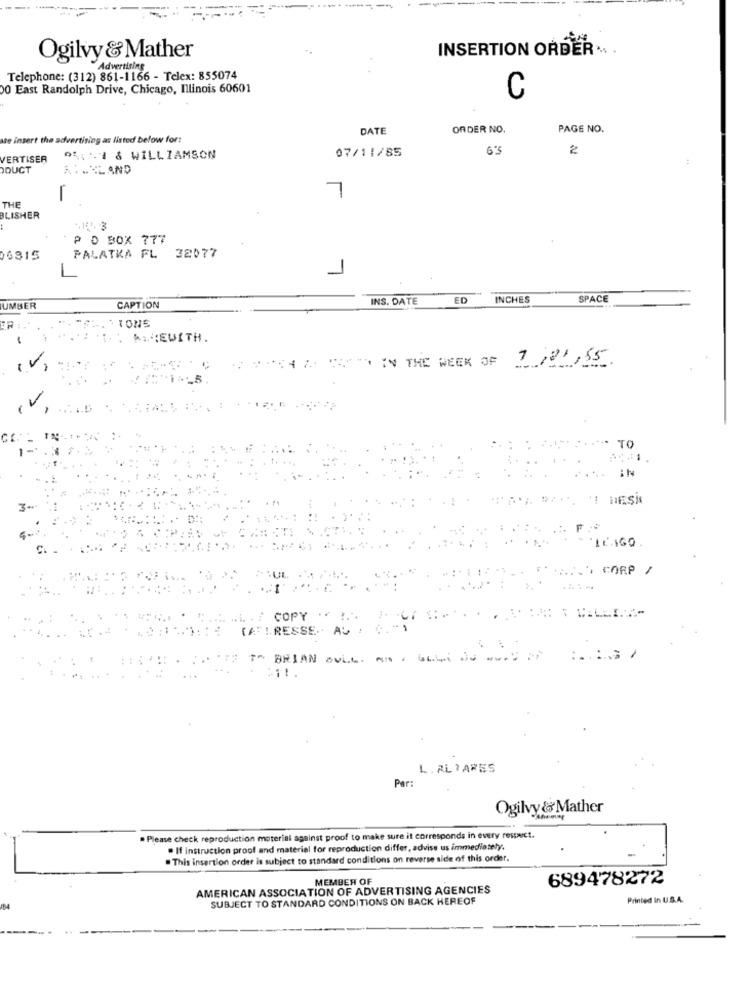
INSERTION ORDER ... .
Ogilvy &Mather
Advertising
Telephone: (312) 861-1166 - Telex: 855074
0 East Randolph Drive, Chicago, Illinois 60601
C
DATE
ORDER NO.
PAGE NO.
ste insert the advertising as listed below for:
07/11/85
63
2
VERTISER
05: . 4 & WILLIAMSON
DUCT
AYSELAND
7
THE
LISHER
P O BOX 777
32077
06315
PALATKA FL
1
INS. DATE
ED
INCHES
SPACE
UMBER
CAPTION
SIONS
-
. ALEWITH.
IN THE WEEK OF
7/01/55
· TO
3.
...... CORP /
.i . : COPY
(ADRESSE ..
AL
To BRIAN OuLL. an .
..!.
L. RLIARES
Par:
Ogilvy & Mather
Please check reproduction moterial against proof to make sure it corresponds in every respect.
. If instruction proof and material for reproduction differ, advise us immediately.
. This insertion order is subject to standard conditions on reverse side of this order.
MEMBER OF
689478272
AMERICAN ASSOCIATION OF ADVERTISING AGENCIES
SUBJECT TO STANDARD CONDITIONS ON BACK HEREOF
Printed In U.S.A.